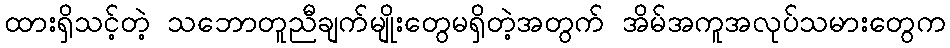
ထားရှိသင့်တဲ့ သဘောတူညီချက်မျိုးတွေမရှိတဲ့အတွက် အိမ်အကူအလုပ်သမားတွေက